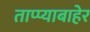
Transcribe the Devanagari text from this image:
ताप्प्याबाहेर